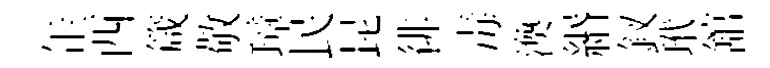
𦈢西箴敬璋民昆徘毒渙緡釵玳舘